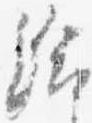
給